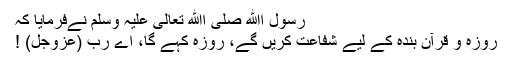
رسول اﷲ صلی اﷲ تعالیٰ علیہ وسلم نےفرمایا کہ
روزہ و قرآن بندہ کے لیے شفاعت کریں گے، روزہ کہے گا، اے رب (عزوجل) !